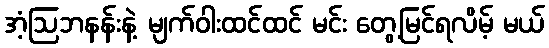
အံ့ဩဘနန်းနဲ့ မျက်ဝါးထင်ထင် မင်း တွေ့မြင်ရလိမ့် မယ်